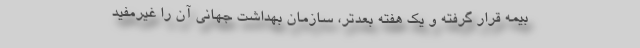
بیمه قرار گرفته و یک هفته بعدتر، سازمان بهداشت جهانی آن را غیرمفید